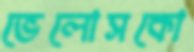
ভেলোসকো